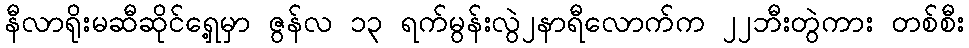
နီလာရိုးမဆီဆိုင်ရှေ့မှာ ဇွန်လ ၁၃ ရက်မွန်းလွဲ၂နာရီလောက်က ၂၂ဘီးတွဲကား တစ်စီး